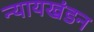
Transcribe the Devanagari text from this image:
न्यायखंडन